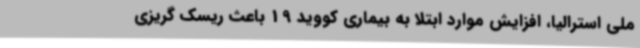
ملی استرالیا، افزایش موارد ابتلا به بیماری کووید 19 باعث ریسک گریزی